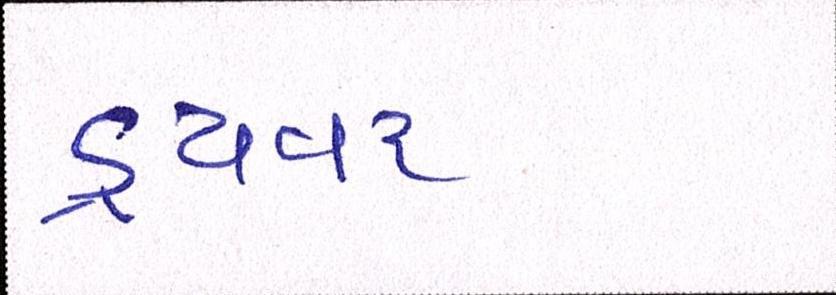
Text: ડ્રાયવર